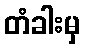
တံခါးမှ